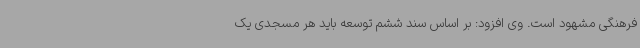
فرهنگی مشهود است. وی افزود: بر اساس سند ششم توسعه باید هر مسجدی یک